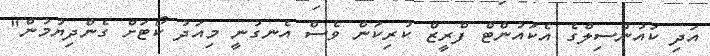
އަދި ކައުންސިލްގެ އެކައުންޓް ފްރީޒް ކުރިކަން ވެސް އެނގުނީ މިއަދު ކޯޓަށް ގެންދިޔުމުން"